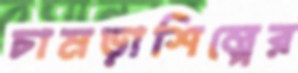
চামড়াশিল্পের